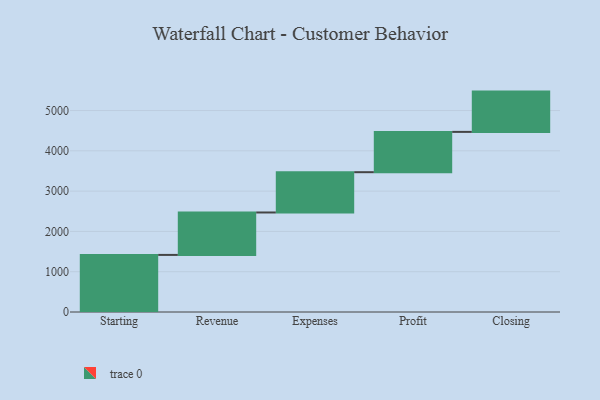
{"axis": {"x": "Step", "y": "Value"}, "legend": [""], "data": [{"x": "Starting", "y": 1417.0, "type": ""}, {"x": "Revenue", "y": 1053.0, "type": ""}, {"x": "Expenses", "y": 1000, "type": ""}, {"x": "Profit", "y": 1000, "type": ""}, {"x": "Closing", "y": 1000, "type": ""}]}